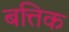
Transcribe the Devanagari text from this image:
बत्तिक